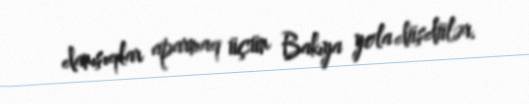
danışıqlar aparmaq üçün Bakıya yola düşdülər.